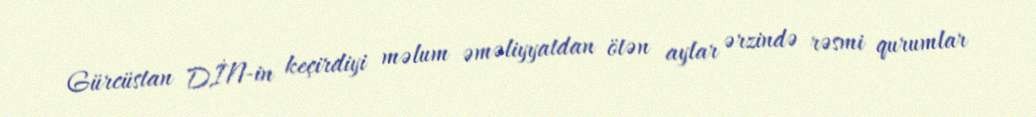
Gürcüstan DİN-in keçirdiyi məlum əməliyyatdan ötən aylar ərzində rəsmi qurumlar